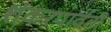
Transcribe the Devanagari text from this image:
शंकरपार्वती